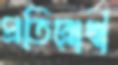
প্রতিরোধী